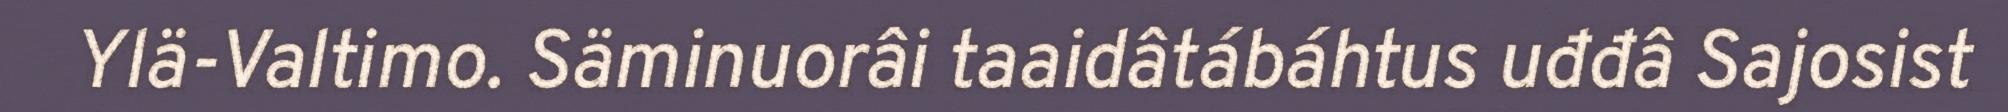
Ylä-Valtimo. Säminuorâi taaidâtábáhtus uđđâ Sajosist